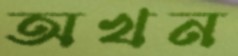
অখন